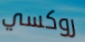
روكسي